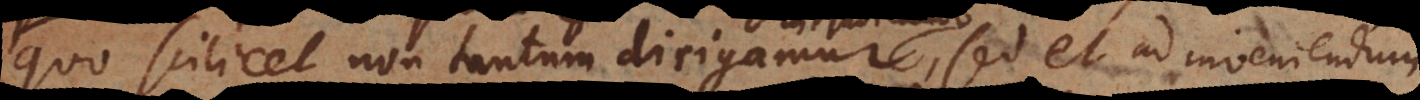
quo scilicet non tantum dirigamur, sed et ad inveniendum